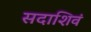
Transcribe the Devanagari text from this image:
सदाशिवं